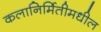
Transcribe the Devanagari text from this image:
कलानिर्मितीमधील